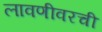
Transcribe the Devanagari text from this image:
लावणीवरची